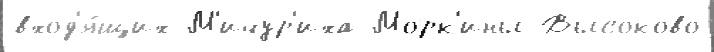
вход'я́щих М'ичур'иха Морк'ины Высоково